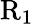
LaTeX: \mathrm{R_{1}}